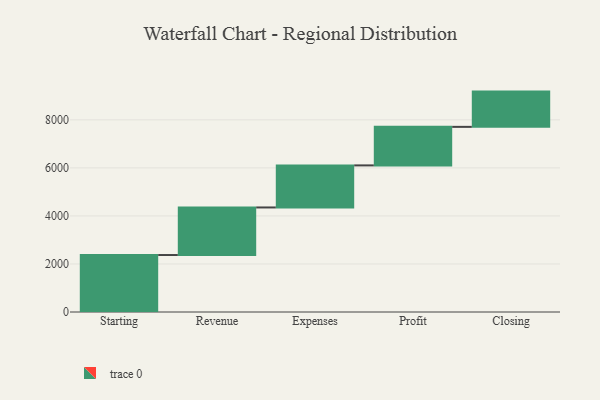
{"axis": {"x": "Step", "y": "Value"}, "legend": [""], "data": [{"x": "Starting", "y": 2372.0, "type": ""}, {"x": "Revenue", "y": 1981.0, "type": ""}, {"x": "Expenses", "y": 1751.0, "type": ""}, {"x": "Profit", "y": 1605.0, "type": ""}, {"x": "Closing", "y": 1468.0, "type": ""}]}